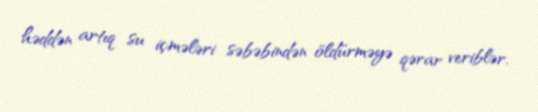
həddən artıq su içmələri səbəbindən öldürməyə qərar veriblər.